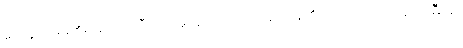
ယေရှုကိုမိမိ၏စည်းလုံးညီညွတ်မှုတွင် လိပ်ပြာပန်းကန်၏ ထက်/လယ်/မူ အမြီးမှာ